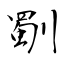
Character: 劅